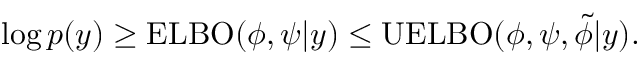
\begin{array} { r } { \log p ( y ) \geq \operatorname { E L B O } ( \phi , \psi \vert y ) \leq \operatorname { U E L B O } ( \phi , \psi , \Tilde { \phi } \vert y ) . } \end{array}